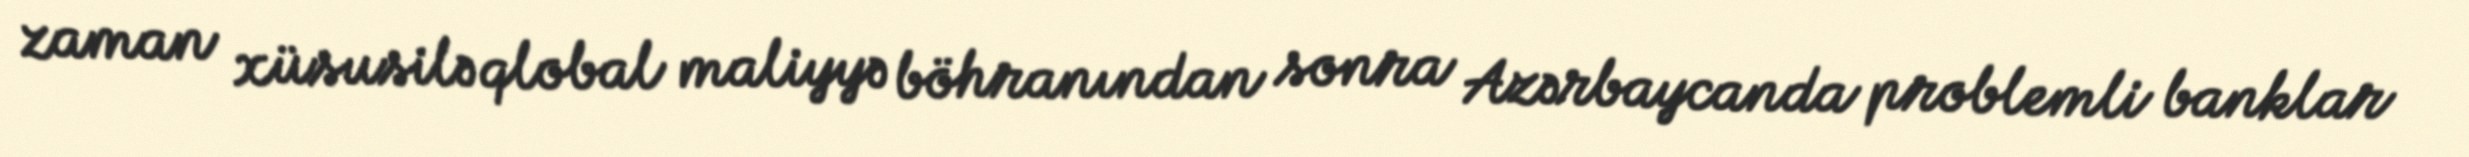
zaman xüsusilə qlobal maliyyə böhranından sonra Azərbaycanda problemli banklar